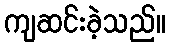
ကျဆင်းခဲ့သည်။